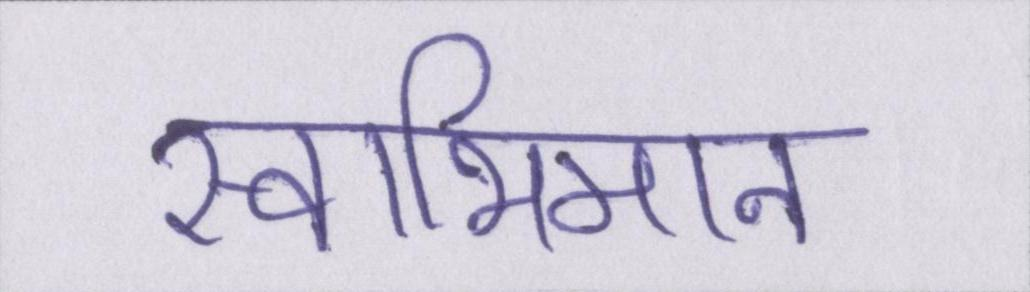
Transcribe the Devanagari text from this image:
स्वाभिमान